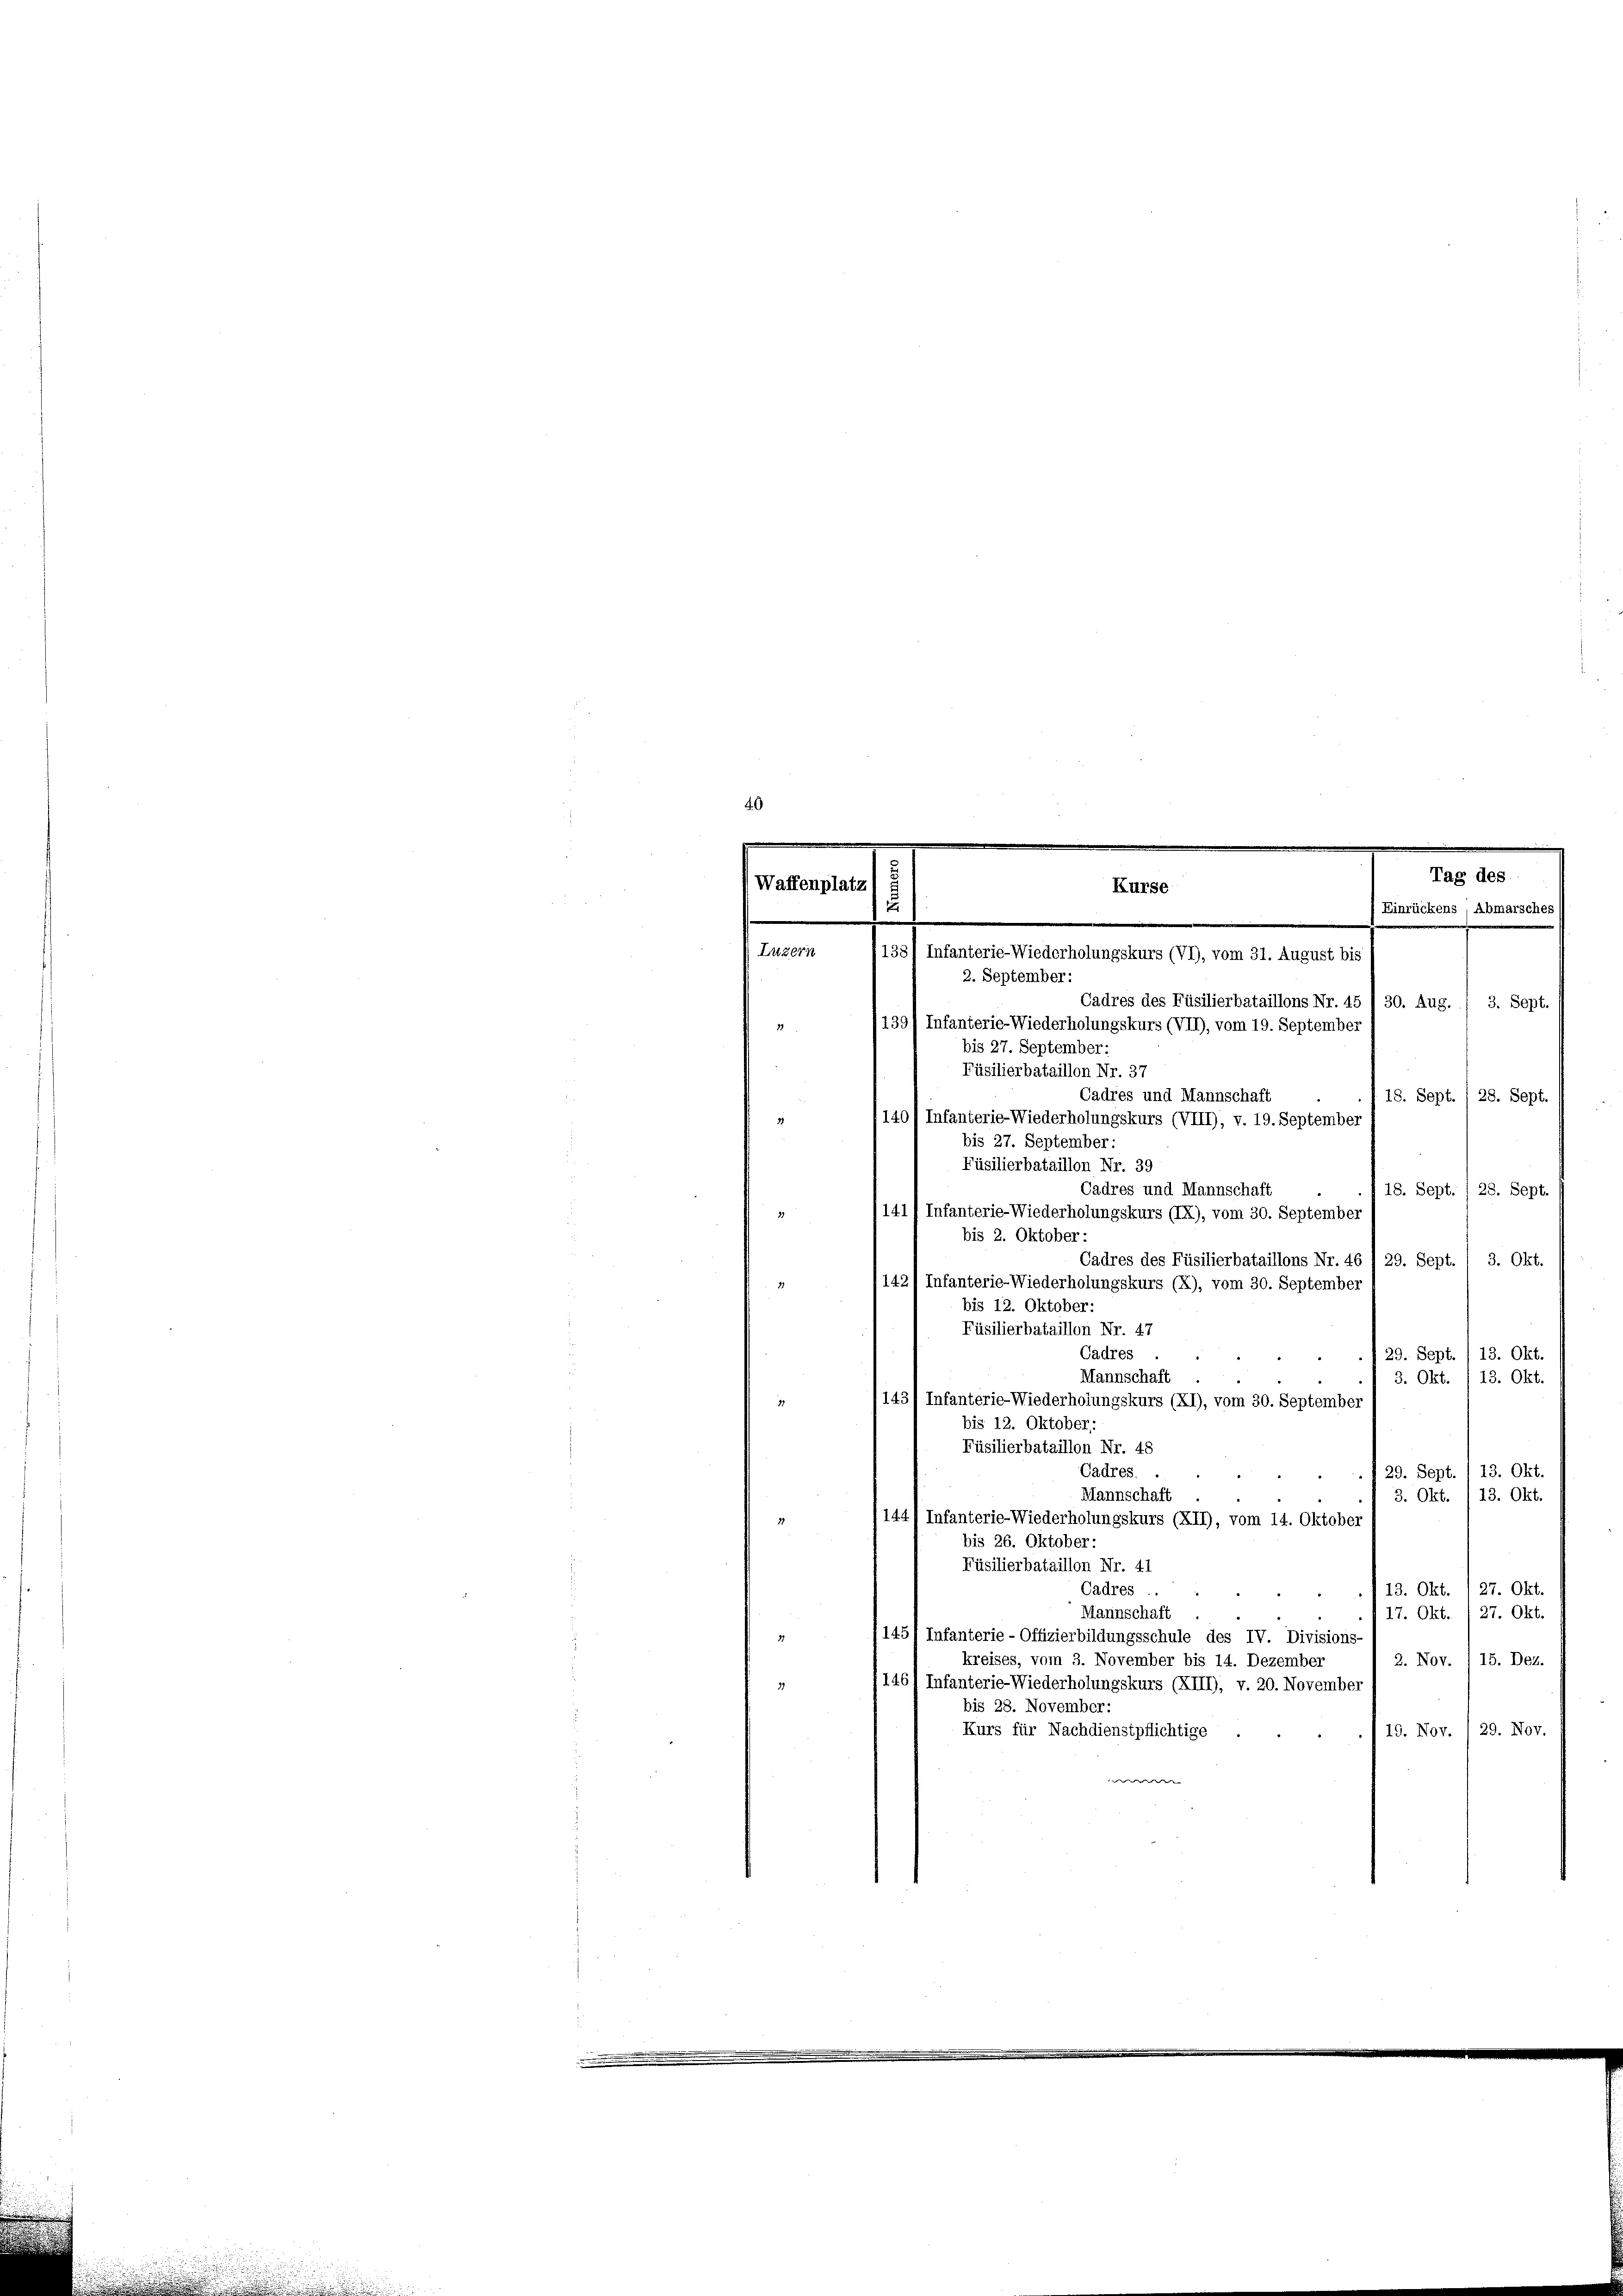
2. September:
Cadres des Füsilierbataillons Nr. 45 / 30. Aug. / 3. Sept.
139
Infanterie-Wiederholungskurs (VII), vom 19. September
bis 27. September:
Füsilierbataillon Nr. 37
Cadres und Mannschaft
18. Sept. / 28. Sept
140/ Infanterie-Wiederholungskurs (VIII), v. 19. September
bis 27. September:
Füsilierbataillon Nr. 39
Cadres und Mannschaft
18. Sept. / 28. Sept.
141/ Infanterie-Wiederholungskurs (IX), vom 30. September
bis 2. Oktober:
Cadres des Füsilierbataillons Nr. 46 / 29. Sept. 1 3. Okt.
1421 Infanterie-Wiederholungskurs (x), vom 30. September
bis 12. Oktober:
Füsilierbataillon Nr. 47
Cadres
13. Okt.
29. Sept
Mannschaft
3. Okt.
13. Okt.
143
Infanterie-Wiederholungskurs (XI), vom 30. September
bis 12. Oktober:
Füsilierbataillon Nr. 48
13. Okt.
Gadres.
29. Sept
Mannschaft
13. Okt.
3. Okt.
144, Infanterie-Wiederholungskurs (XII), vom 14. Oktober
bis 26. Oktober:
Füsilierbataillon Nr. 41
Cadres
13. Okt. 127. Okt.
Mannschaft
27. Okt.
17. Okt.
145/ Infanterie-Offizierbildungsschule des IV. Divisions-
2. Nov. 15. Dez.
kreises, vom 3. November bis 14. Dezember
1461 Infanterie-Wiederholungskurs (XIII), v. 20. November
3
bis 28. November:
Kurs für Nachdienstpflichtige
19. Nov. 1 29. Nov.

Waffenplatz)
Kurse
u
.
138
Luzern
Infanterie-Wiederholungskurs (VI), vom 31. August bis

Tag des
) Einrückens, Abmarsches